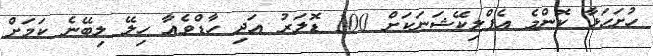
ހުށަހަޅާ ކޮންމެ އެޕްލިކޭޝަނަކަށް 100 ޑޮލަރު އަދި ހާޑްވެއާ ހިލޭ ލިބޭނެ ކަމަށް